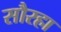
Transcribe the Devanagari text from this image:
सौरहा